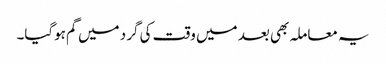
یہ معاملہ بھی بعد میں وقت کی گرد میں گم ہوگیا۔